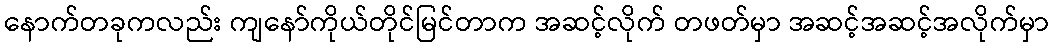
နောက်တခုကလည်း ကျနော်ကိုယ်တိုင်မြင်တာက အဆင့်လိုက် တဖတ်မှာ အဆင့်အဆင့်အလိုက်မှာ